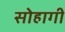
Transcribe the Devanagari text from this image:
सोहागी